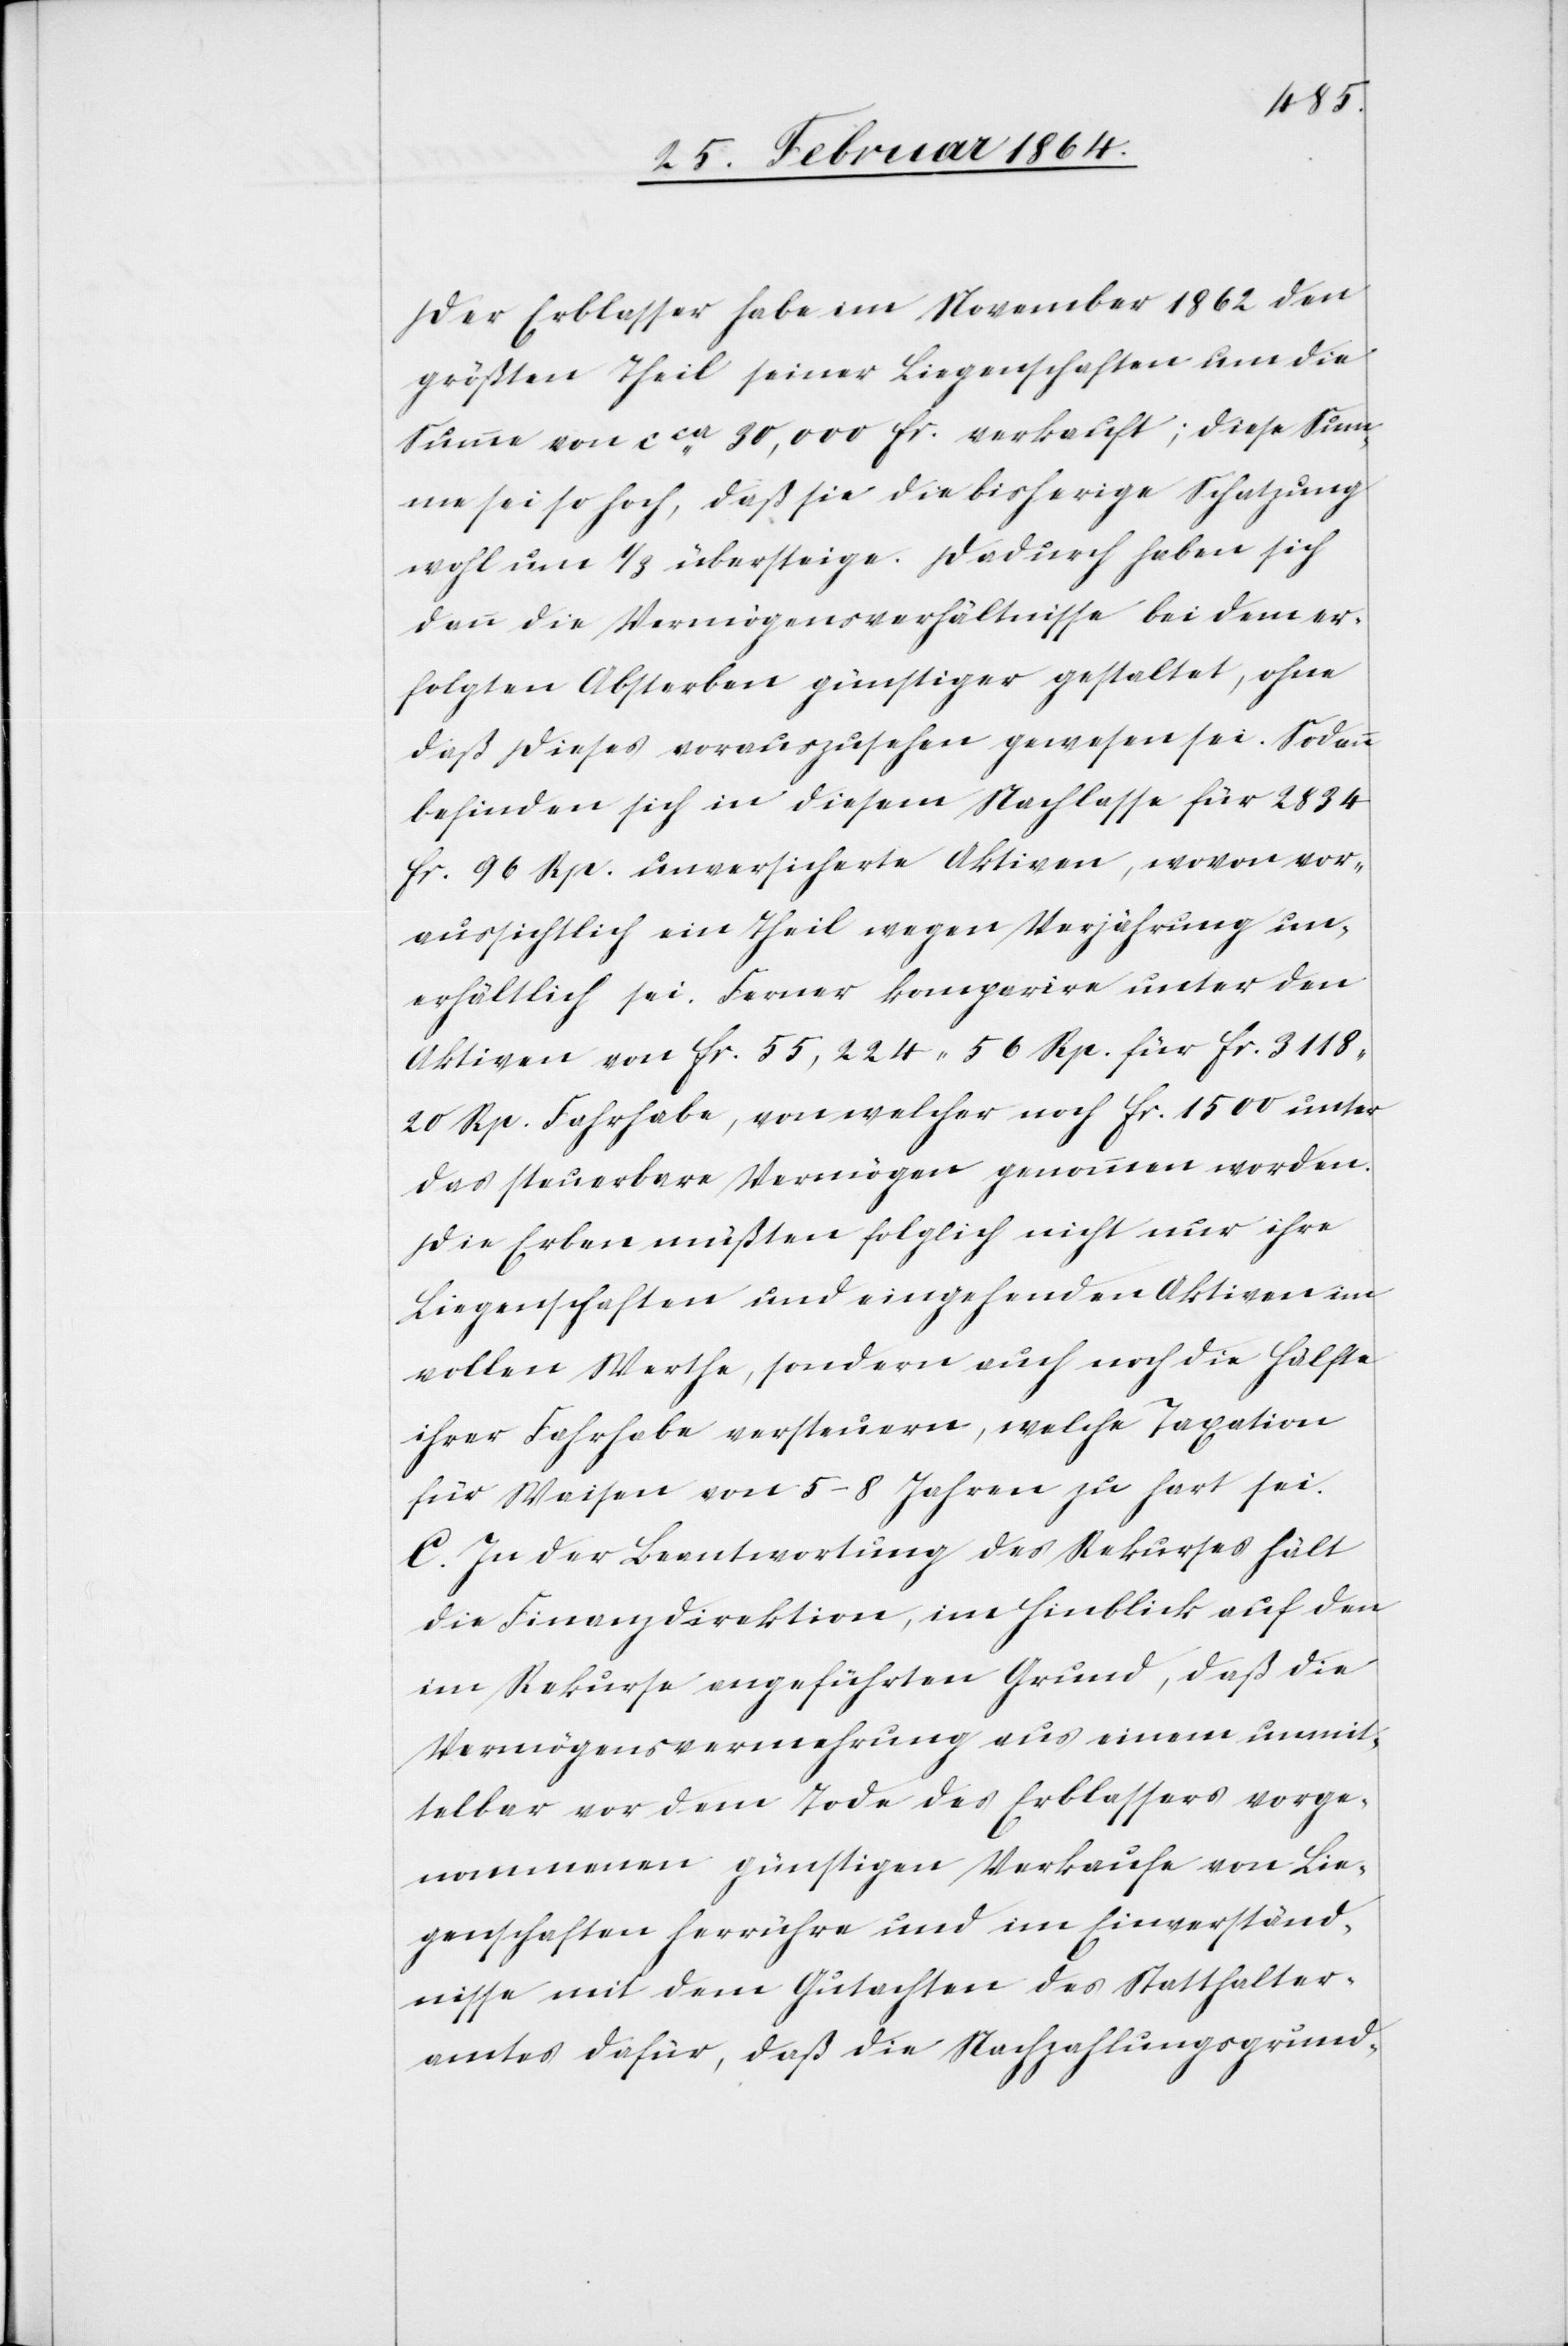
Der Erblasser habe im November 1862 den
größten Theil seiner Liegenschaften um die
Summe von cca 30,000 fr. verkauft; diese Sum¬
me sei so hoch, daß sie die bisherige Schatzung
wohl um 1/3 übersteige. Dadurch haben sich
dann die Vermögensverhältnisse bei dem er¬
folgten Absterben günstiger gestaltet, ohne
daß dieses vorauszusehen gewesen sei. Sodann
befinden sich in diesem Nachlasse für 2834
fr. 96 Rp. unversicherte Aktiven, wovon vor¬
aussichtlich ein Theil wegen Verjährung un¬
erhältlich sei. Ferner komparire unter den
Aktiven von fr. 55,224 56 Rp. für fr. 3118
20 Rp. Fahrhabe, von welcher noch fr. 1500 unter
das steuerbare Vermögen genommen worden.
Die Erben müßten folglich nicht nur ihre
Liegenschaften und eingehenden Aktiven im
vollen Werthe, sondern auch noch die Hälfte
ihrer Fahrhabe versteuern, welche Taxation
für Waisen von 5–8 Jahren zu hart sei.
C. In der Beantwortung des Rekurses hält
die Finanzdirektion, im Hinblick auf den
im Rekurse angeführten Grund, daß die
Vermögensvermehrung aus einem unmit¬
telbar vor dem Tode des Erblassers vorge¬
nommenen günstigen Verkaufe von Lie¬
genschaften herrühre und im Einverständ¬
nisse mit dem Gutachten des Statthalter¬
amtes dafür, daß die Nachzahlungsgrund-